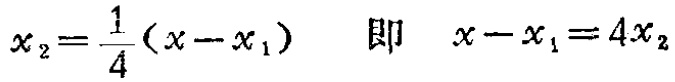
\(x_{2}=\frac{1}{4}(x - x_{1})\quad 即\quad x - x_{1}=4x_{2}\)